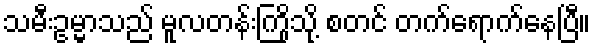
သမီးဥမ္မာသည် မူလတန်းကြိုသို့ စတင် တက်ရောက်နေပြီ။